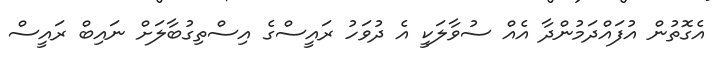
އެގޮތުން އުފައްދަމުންދާ އެއް ސުވާލަކީ އެ ދުވަހު ރައީސްގެ އިސްތިގުބާލަށް ނައިބް ރައީސް